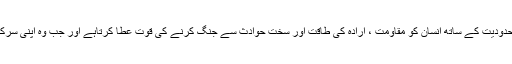
روزہ بھی انسان کی جان و روح کے ذریعہ اسی عمل کو انجام دیتاہے اور وقتی محدودیت کے ساتھ انسان کو مقاومت ، ارادہ کی طاقت اور سخت حوادث سے جنگ کرنے کی قوت عطا کرتاہے اور جب وہ اپنی سرکش خواہشات کو کنٹرول کرتاہے تو انسان کے قلب کو نور اور صفا عطا کرتاہے ۔